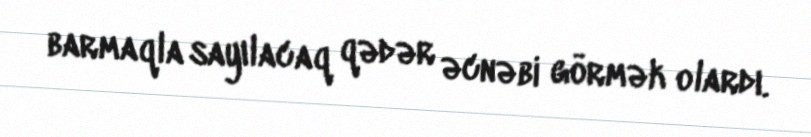
barmaqla sayılacaq qədər əcnəbi görmək olardı.